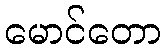
မောင်တော